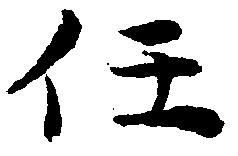
任